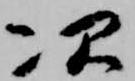
次